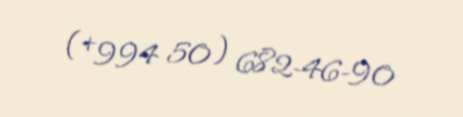
(+994 50) 682-46-90